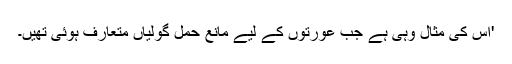
'اس کی مثال وہی ہے جب عورتوں کے لیے مانعِ حمل گولیاں متعارف ہوئی تھیں۔